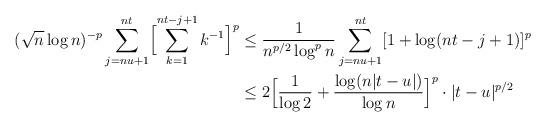
LaTeX: \begin{align*}(\sqrt n\log n)^{-p}\sum_{j=nu+1}^{nt}\Bigl[\sum_{k=1}^{nt-j+1}k^{-1}\Bigr]^p&\le\frac1{n^{p/2}\log^pn}\sum_{j=nu+1}^{nt}[1+\log(nt-j+1)]^p\\&\le2\Bigl[\frac1{\log2}+\frac{\log(n|t-u|)}{\log n}\Bigr]^p\cdot|t-u|^{p/2}\end{align*}